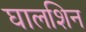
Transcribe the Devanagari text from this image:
घालशिन